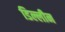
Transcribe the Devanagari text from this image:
डिल्लीन